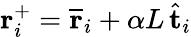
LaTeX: \mathbf{r}_{i}^{+}=\overline{{\mathbf{r}}}_{i}+\alpha L\, \hat{\mathbf{t}}_{i}